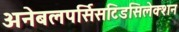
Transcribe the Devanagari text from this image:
अनेबलपर्सिसटिडसिलेक्शन